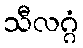
သီလဂ္ဂံ